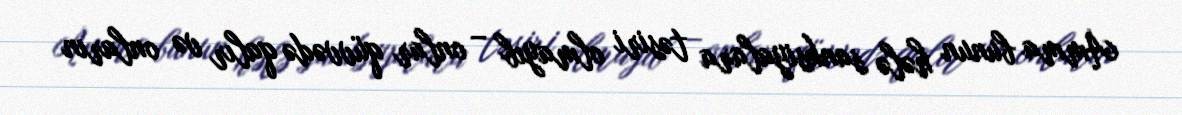
Amma bunun hələ sanksiyalara təsiri olmayıb – onlar qüvvədə qalır və onların